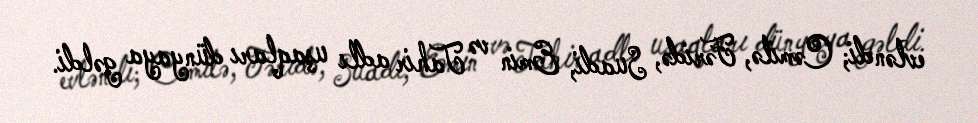
evləndi; Cəmilə, Fəridə, Suadi, Emin və Tahir adlı uşaqları dünyaya gəldi.